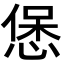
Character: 𭝱